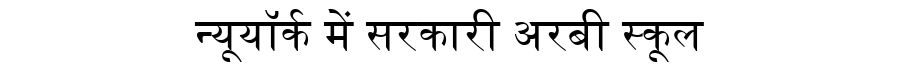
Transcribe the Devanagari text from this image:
न्यूयॉर्क में सरकारी अरबी स्कूल